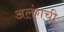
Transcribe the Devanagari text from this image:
अलंगची